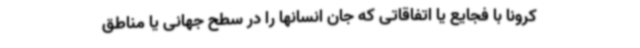
کرونا با فجایع یا اتفاقاتی که جان انسانها را در سطح جهانی یا مناطق